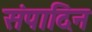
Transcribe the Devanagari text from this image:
संपादिन